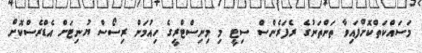
މަސައްކަތްކޮށްފައިވާ ތަންތަނުގެ ރެފަރެންސް ސިޓީ މި މިނިސްޓްރީގެ ހިއުމަން ރިސޯސް ޔުނިޓަށް އެޑްރެސްކޮށް